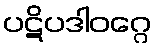
ပဋိပဒါဝဂ္ဂေ